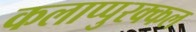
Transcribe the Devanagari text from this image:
कलाप्पुरक्कल